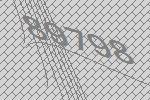
89798